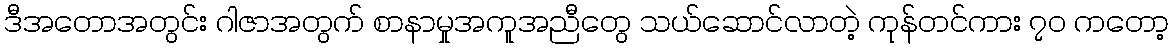
ဒီအတောအတွင်း ဂါဇာအတွက် စာနာမှုအကူအညီတွေ သယ်ဆောင်လာတဲ့ ကုန်တင်ကား ၇၀ ကတော့